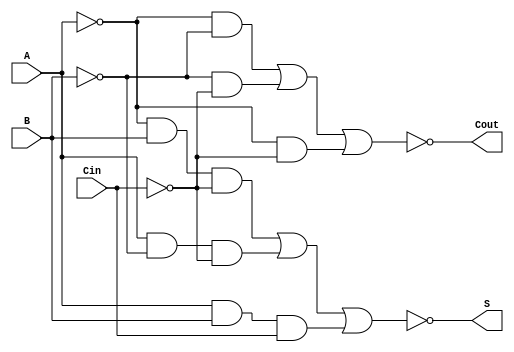
module Negative_Circuit_Full_Adder (
    input wire A,     // First significant bit (active low)
    input wire B,     // Second significant bit (active low)
    input wire Cin,   // Carry-in bit (active low)
    output wire S,    // Sum output bit (active low)
    output wire Cout   // Carry-out bit (active low)
);

// Internal signals for intermediate calculations
wire A_n, B_n, Cin_n;
wire sum_temp, carry_temp;

// Inverting the inputs to align with negative logic
assign A_n = ~A; // A active low
assign B_n = ~B; // B active low
assign Cin_n = ~Cin; // Cin active low

// Sum calculation using negative logic
// S = NOT(A XOR B XOR Cin) = NOT((A AND NOT(B) AND NOT(Cin)) OR (NOT(A) AND B AND NOT(Cin)) OR (NOT(A) AND NOT(B) AND Cin))
assign sum_temp = (A_n & B & Cin_n) | (A & B_n & Cin_n) | (A & B & Cin);
assign S = ~sum_temp; // S is active low

// Carry-out calculation using negative logic
// Cout = NOT((A AND B) OR (B AND Cin) OR (A AND Cin))
assign carry_temp = (A_n & B_n) | (B_n & Cin_n) | (A_n & Cin_n);
assign Cout = ~carry_temp; // Cout is active low

endmodule